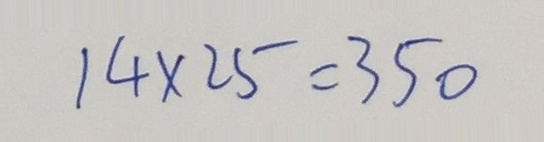
1 4 \times 2 5 = 3 5 0